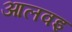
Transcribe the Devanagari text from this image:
आलवइ